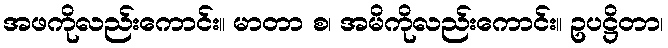
အဖကိုလည်းကောင်း။ မာတာ စ၊ အမိကိုလည်းကောင်း။ ဥပဋ္ဌိတာ၊